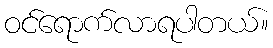
ဝင်ရောက်လာရပါတယ်။